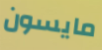
مايسون